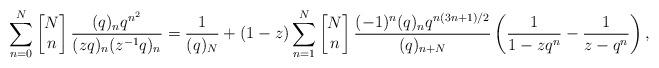
LaTeX: \begin{align*}\sum_{n=0}^{N}\left[\begin{matrix} N \\ n \end{matrix}\right]\frac{(q)_nq^{n^2}}{(zq)_n(z^{-1}q)_n}=\frac{1}{(q)_N}+(1-z)\sum_{n=1}^{N}\left[\begin{matrix} N \\ n \end{matrix}\right]\frac{(-1)^n(q)_nq^{n(3n+1)/2}}{(q)_{n+N}}\left(\frac{1}{1-zq^n}-\frac{1}{z-q^n}\right),\end{align*}